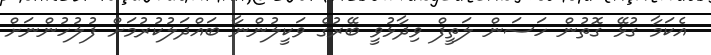
އެކަމާ ގުޅޭ ގޮތުން ހަސަން ލަތީފް ވިދާޅުވީ ބޭރުގެ ވަކީލުންނާ ބައްދަލުކުރުމަށް ފުލުހުންނަށް